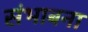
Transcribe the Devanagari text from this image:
संभाबना